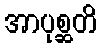
အာပုစ္ဆတိ